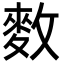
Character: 𪌑